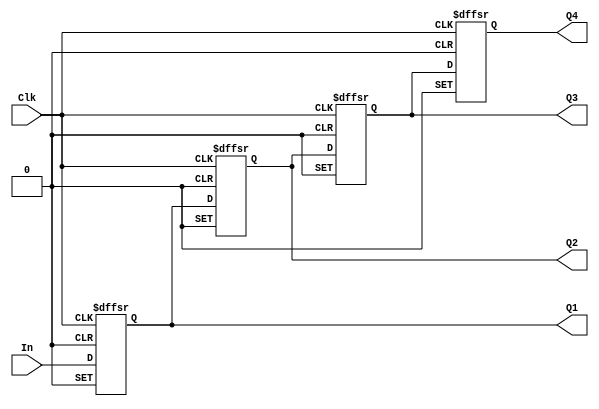
// This program was cloned from: https://github.com/regales/cpre281
// License: Apache License 2.0

// Copyright (C) 2023  Intel Corporation. All rights reserved.
// Your use of Intel Corporation's design tools, logic functions 
// and other software and tools, and any partner logic 
// functions, and any output files from any of the foregoing 
// (including device programming or simulation files), and any 
// associated documentation or information are expressly subject 
// to the terms and conditions of the Intel Program License 
// Subscription Agreement, the Intel Quartus Prime License Agreement,
// the Intel FPGA IP License Agreement, or other applicable license
// agreement, including, without limitation, that your use is for
// the sole purpose of programming logic devices manufactured by
// Intel and sold by Intel or its authorized distributors.  Please
// refer to the applicable agreement for further details, at
// https://fpgasoftware.intel.com/eula.

// PROGRAM		"Quartus Prime"
// VERSION		"Version 22.1std.1 Build 917 02/14/2023 SC Standard Edition"
// CREATED		"Fri Apr 19 11:21:02 2024"

module lab10step1(
	In,
	Clk,
	Q4,
	Q1,
	Q2,
	Q3
);


input wire	In;
input wire	Clk;
output reg	Q4;
output wire	Q1;
output wire	Q2;
output wire	Q3;

wire	SYNTHESIZED_WIRE_8;
reg	DFF_inst;
reg	DFF_inst2;
reg	DFF_inst3;

assign	Q1 = DFF_inst;
assign	Q2 = DFF_inst2;
assign	Q3 = DFF_inst3;
assign	SYNTHESIZED_WIRE_8 = 1;




always@(posedge Clk or negedge SYNTHESIZED_WIRE_8 or negedge SYNTHESIZED_WIRE_8)
begin
if (!SYNTHESIZED_WIRE_8)
	begin
	DFF_inst <= 0;
	end
else
if (!SYNTHESIZED_WIRE_8)
	begin
	DFF_inst <= 1;
	end
else
	begin
	DFF_inst <= In;
	end
end



always@(posedge Clk or negedge SYNTHESIZED_WIRE_8 or negedge SYNTHESIZED_WIRE_8)
begin
if (!SYNTHESIZED_WIRE_8)
	begin
	DFF_inst2 <= 0;
	end
else
if (!SYNTHESIZED_WIRE_8)
	begin
	DFF_inst2 <= 1;
	end
else
	begin
	DFF_inst2 <= DFF_inst;
	end
end


always@(posedge Clk or negedge SYNTHESIZED_WIRE_8 or negedge SYNTHESIZED_WIRE_8)
begin
if (!SYNTHESIZED_WIRE_8)
	begin
	DFF_inst3 <= 0;
	end
else
if (!SYNTHESIZED_WIRE_8)
	begin
	DFF_inst3 <= 1;
	end
else
	begin
	DFF_inst3 <= DFF_inst2;
	end
end


always@(posedge Clk or negedge SYNTHESIZED_WIRE_8 or negedge SYNTHESIZED_WIRE_8)
begin
if (!SYNTHESIZED_WIRE_8)
	begin
	Q4 <= 0;
	end
else
if (!SYNTHESIZED_WIRE_8)
	begin
	Q4 <= 1;
	end
else
	begin
	Q4 <= DFF_inst3;
	end
end


endmodule